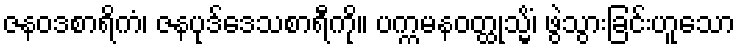
ဇနဝဒစာရိကံ၊ ဇနပုဒ်ဒေသစာရီကို။ ပက္ကမနဝတ္ထုသ္မိံ၊ ဖွဲသွားခြင်းဟူသော